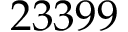
2 3 3 9 9